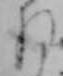
ね